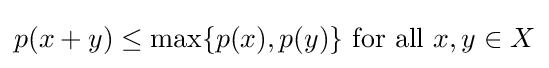
p(x+y)\leq \max\{p(x),p(y)\}{\text{ for all }}x,y\in X